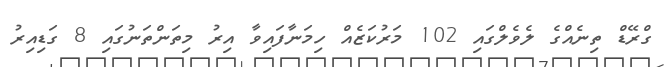
ގްރޭޑް ތިނެއްގެ ލެވެލްގައި 102 މަރުކަޒެއް ހިމަނާފައިވާ އިރު މިތަންތަނުގައި 8 ގަޑިއިރު